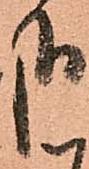
哉